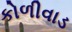
કોળીવાડ